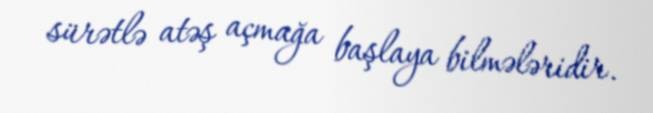
sürətlə atəş açmağa başlaya bilmələridir.